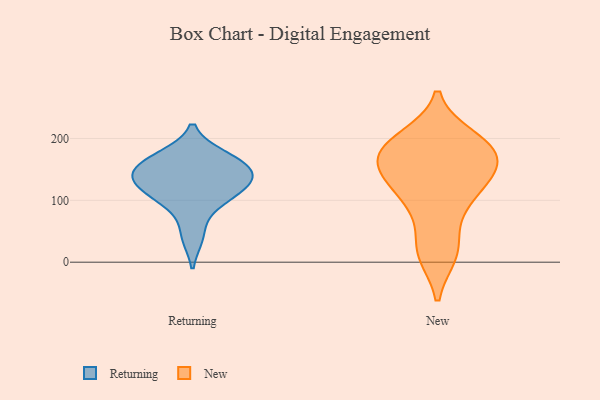
{"axis": {"x": "Humidity (%)", "y": "Value"}, "legend": ["New", "Returning"], "data": [{"x": "", "y": 105, "type": "Returning"}, {"x": "", "y": 158, "type": "Returning"}, {"x": "", "y": 96, "type": "Returning"}, {"x": "", "y": 143, "type": "Returning"}, {"x": "", "y": 132, "type": "Returning"}, {"x": "", "y": 42, "type": "Returning"}, {"x": "", "y": 126, "type": "Returning"}, {"x": "", "y": 135, "type": "Returning"}, {"x": "", "y": 171, "type": "Returning"}, {"x": "", "y": 166, "type": "Returning"}, {"x": "", "y": 20, "type": "New"}, {"x": "", "y": 180, "type": "New"}, {"x": "", "y": 179, "type": "New"}, {"x": "", "y": 196, "type": "New"}, {"x": "", "y": 14, "type": "New"}, {"x": "", "y": 127, "type": "New"}, {"x": "", "y": 165, "type": "New"}, {"x": "", "y": 87, "type": "New"}, {"x": "", "y": 200, "type": "New"}, {"x": "", "y": 18, "type": "New"}, {"x": "", "y": 170, "type": "New"}, {"x": "", "y": 192, "type": "New"}, {"x": "", "y": 92, "type": "New"}, {"x": "", "y": 131, "type": "New"}, {"x": "", "y": 163, "type": "New"}, {"x": "", "y": 145, "type": "New"}, {"x": "", "y": 123, "type": "New"}]}